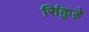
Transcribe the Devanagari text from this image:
सिंकुड़े